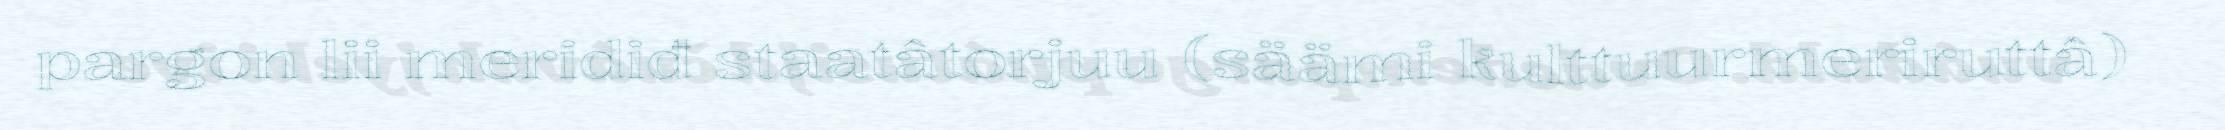
pargon lii meridiđ staatâtorjuu (säämi kulttuurmeriruttâ)